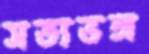
সত্যভঙ্গ